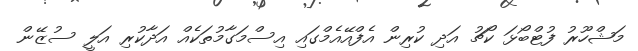
މަޝްހޫރު ފުޓްބޯޅަ ކޯޗު އަދި ކުރިން އެފްއޭއެމްގައި އިސްމަގާމުތަކެއް އަދާކުރި އަލީ ސުޒޭން